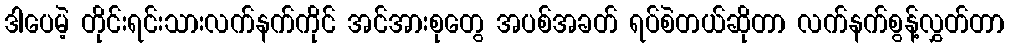
ဒါပေမဲ့ တိုင်းရင်းသားလက်နက်ကိုင် အင်အားစုတွေ အပစ်အခတ် ရပ်စဲတယ်ဆိုတာ လက်နက်စွန့်လွှတ်တာ